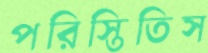
পরিস্তিতিস